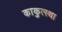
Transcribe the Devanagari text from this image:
काकुत्स्था